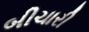
બીચારી